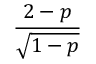
\frac { 2 - p } { \sqrt { 1 - p } }